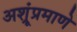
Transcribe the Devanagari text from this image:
अश्रूंप्रमाणे